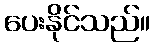
ပေးနိုင်သည်။